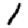
Digit: 1